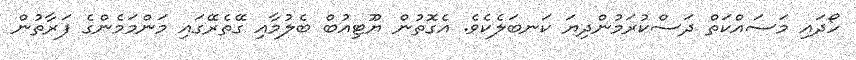
ހޯދައި މަސައްކަތް ދަސްކުރަމުންދިޔަ ކަނބަލެކެވެ. އެގޮތުން ޔޫޓިއުބް ބެލުމާއި ގޭތެރޭގައި މަންމަމެންގެ ފަރާތުން